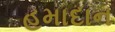
હમાદાન